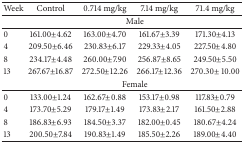
| Week | Control | 0.714 mg/kg | 7.14 mg/kg | 71.4 mg/kg |
 | --- | --- | --- | --- | --- |
 |  | <COLSPAN=4> Male |
 | 0 | 161.00±4.62 | 163.00±4.70 | 161.67±3.39 | 171.30±4.13 |
 | 4 | 209.50±6.46 | 230.83±6.17 | 229.33±4.05 | 227.50±4.80 |
 | 8 | 234.17±4.48 | 260.00±7.90 | 256.87±8.65 | 249.50±5.50 |
 | 13 | 267.67±16.87 | 272.50±12.26 | 266.17±12.36 | 270.30± 10.00 |
 |  | <COLSPAN=4> Female |
 | 0 | 133.00±1.24 | 162.67±0.88 | 153.17±0.98 | 117.83±0.79 |
 | 4 | 173.70±5.29 | 179.17±1.49 | 173.83±2.17 | 161.50±2.88 |
 | 8 | 186.83±6.93 | 184.50±3.37 | 182.00±0.45 | 180.67±4.24 |
 | 13 | 200.50±7.84 | 190.83±1.49 | 185.50±2.26 | 189.00±4.40 |